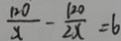
\frac { 1 2 0 } { x } - \frac { 1 2 0 } { 2 x } = 6